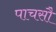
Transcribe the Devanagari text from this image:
पाचसौ